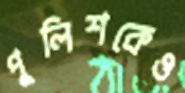
পুলিশকেও